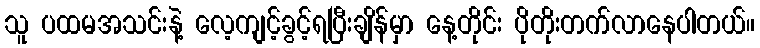
သူ ပထမအသင်းနဲ့ လေ့ကျင့်ခွင့်ရပြီးချိန်မှာ နေ့တိုင်း ပိုတိုးတက်လာနေပါတယ်။